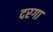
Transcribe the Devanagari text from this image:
दरगा